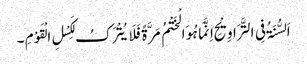
اَلسُّنَۃُ فِی التَّرَاوِیْحِ اِنَّمَا ہُوَالْخَتْمُ مَرَّۃً فَلَایُتْرَکُ لِکَسْلِ الْقَوْمِ ۔